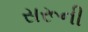
સરૂની